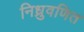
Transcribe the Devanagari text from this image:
निध्रुवणित